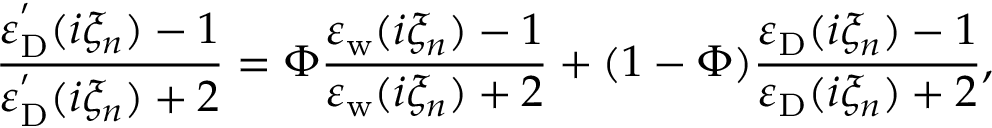
\frac { \varepsilon _ { \mathrm { D } } ^ { ^ { \prime } } ( i \xi _ { n } ) - 1 } { \varepsilon _ { \mathrm { D } } ^ { ^ { \prime } } ( i \xi _ { n } ) + 2 } = \Phi \frac { \varepsilon _ { \mathrm { w } } ( i \xi _ { n } ) - 1 } { \varepsilon _ { \mathrm { w } } ( i \xi _ { n } ) + 2 } + ( 1 - \Phi ) \frac { \varepsilon _ { \mathrm { D } } ( i \xi _ { n } ) - 1 } { \varepsilon _ { \mathrm { D } } ( i \xi _ { n } ) + 2 } ,